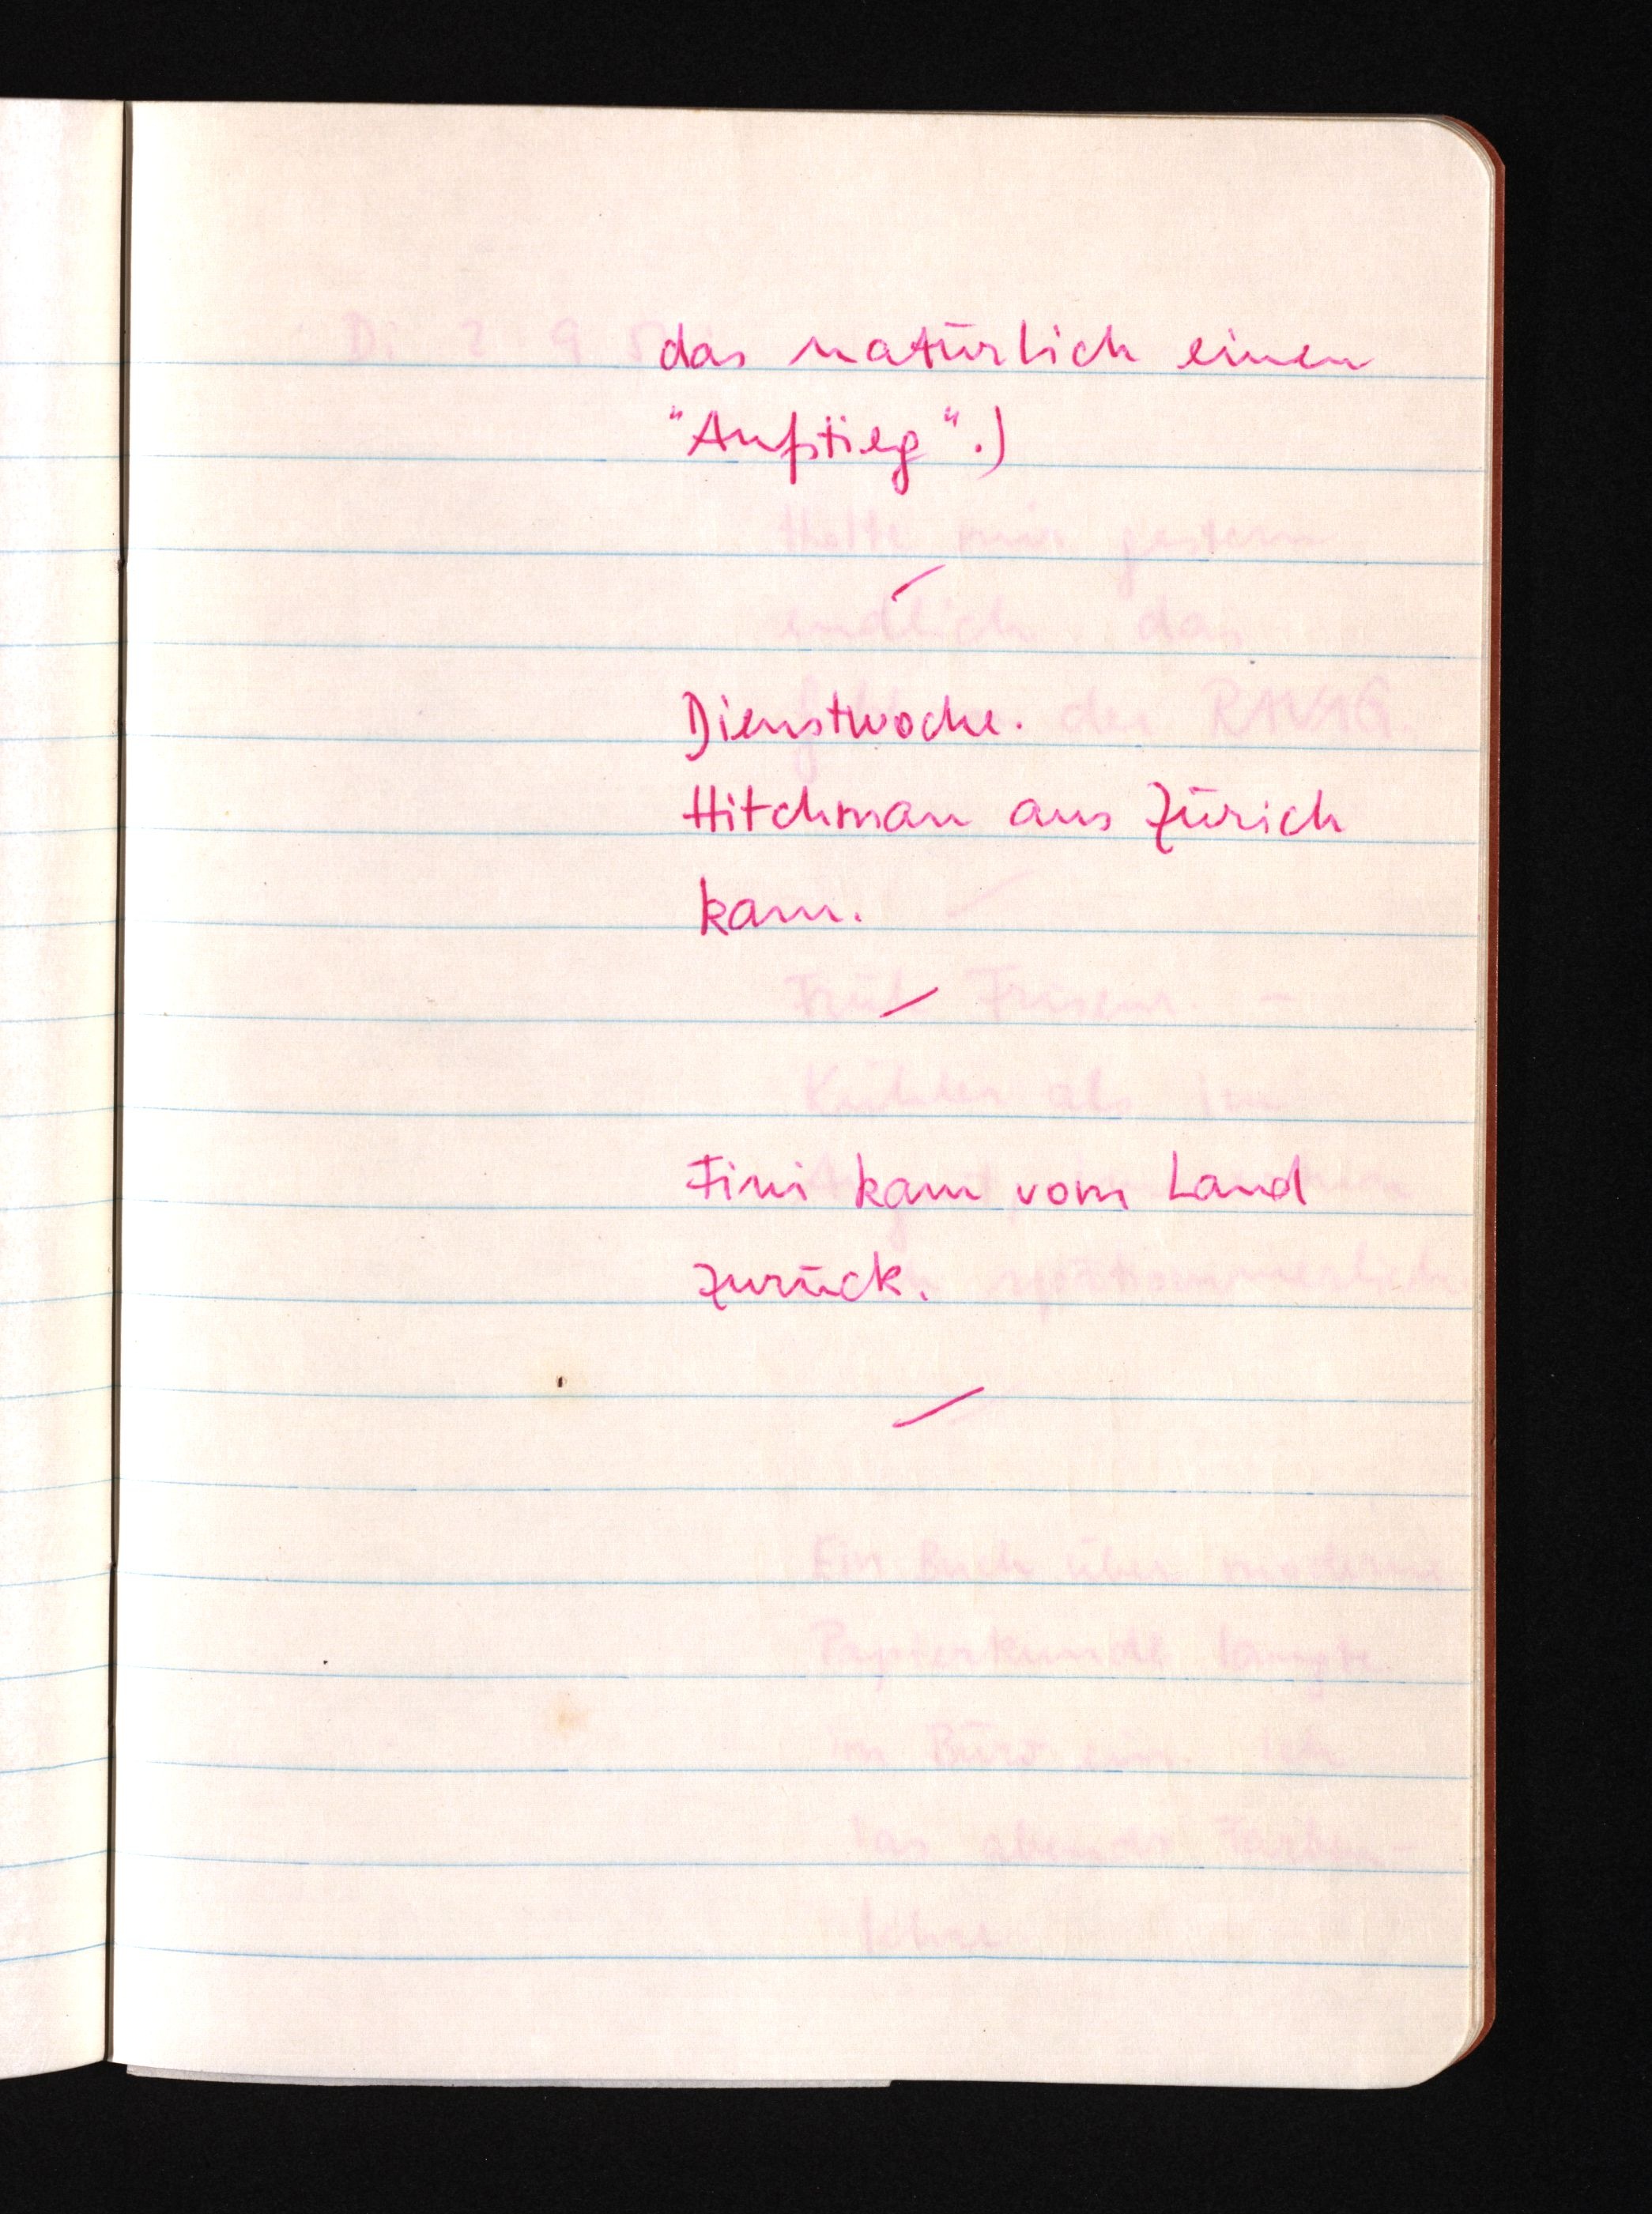
das natürlich einen
"Aufstieg".)
Dienstwoche.
Hitchman aus Zürich
kam.
Fini kam vom Land
zurück.